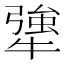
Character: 犟